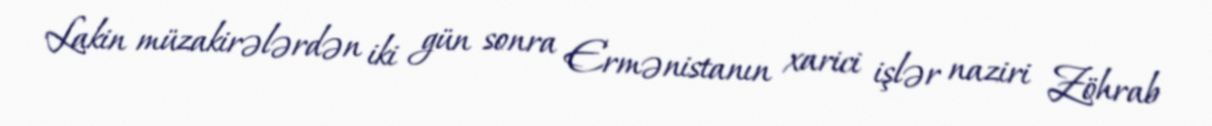
Lakin müzakirələrdən iki gün sonra Ermənistanın xarici işlər naziri Zöhrab